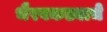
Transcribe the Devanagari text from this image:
भैरवकड्याचे